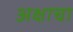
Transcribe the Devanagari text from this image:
अक्षाचा